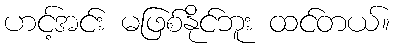
ဟင့်အင်း မဖြစ်နိုင်ဘူး ထင်တယ်။